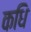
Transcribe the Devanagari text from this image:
कधि